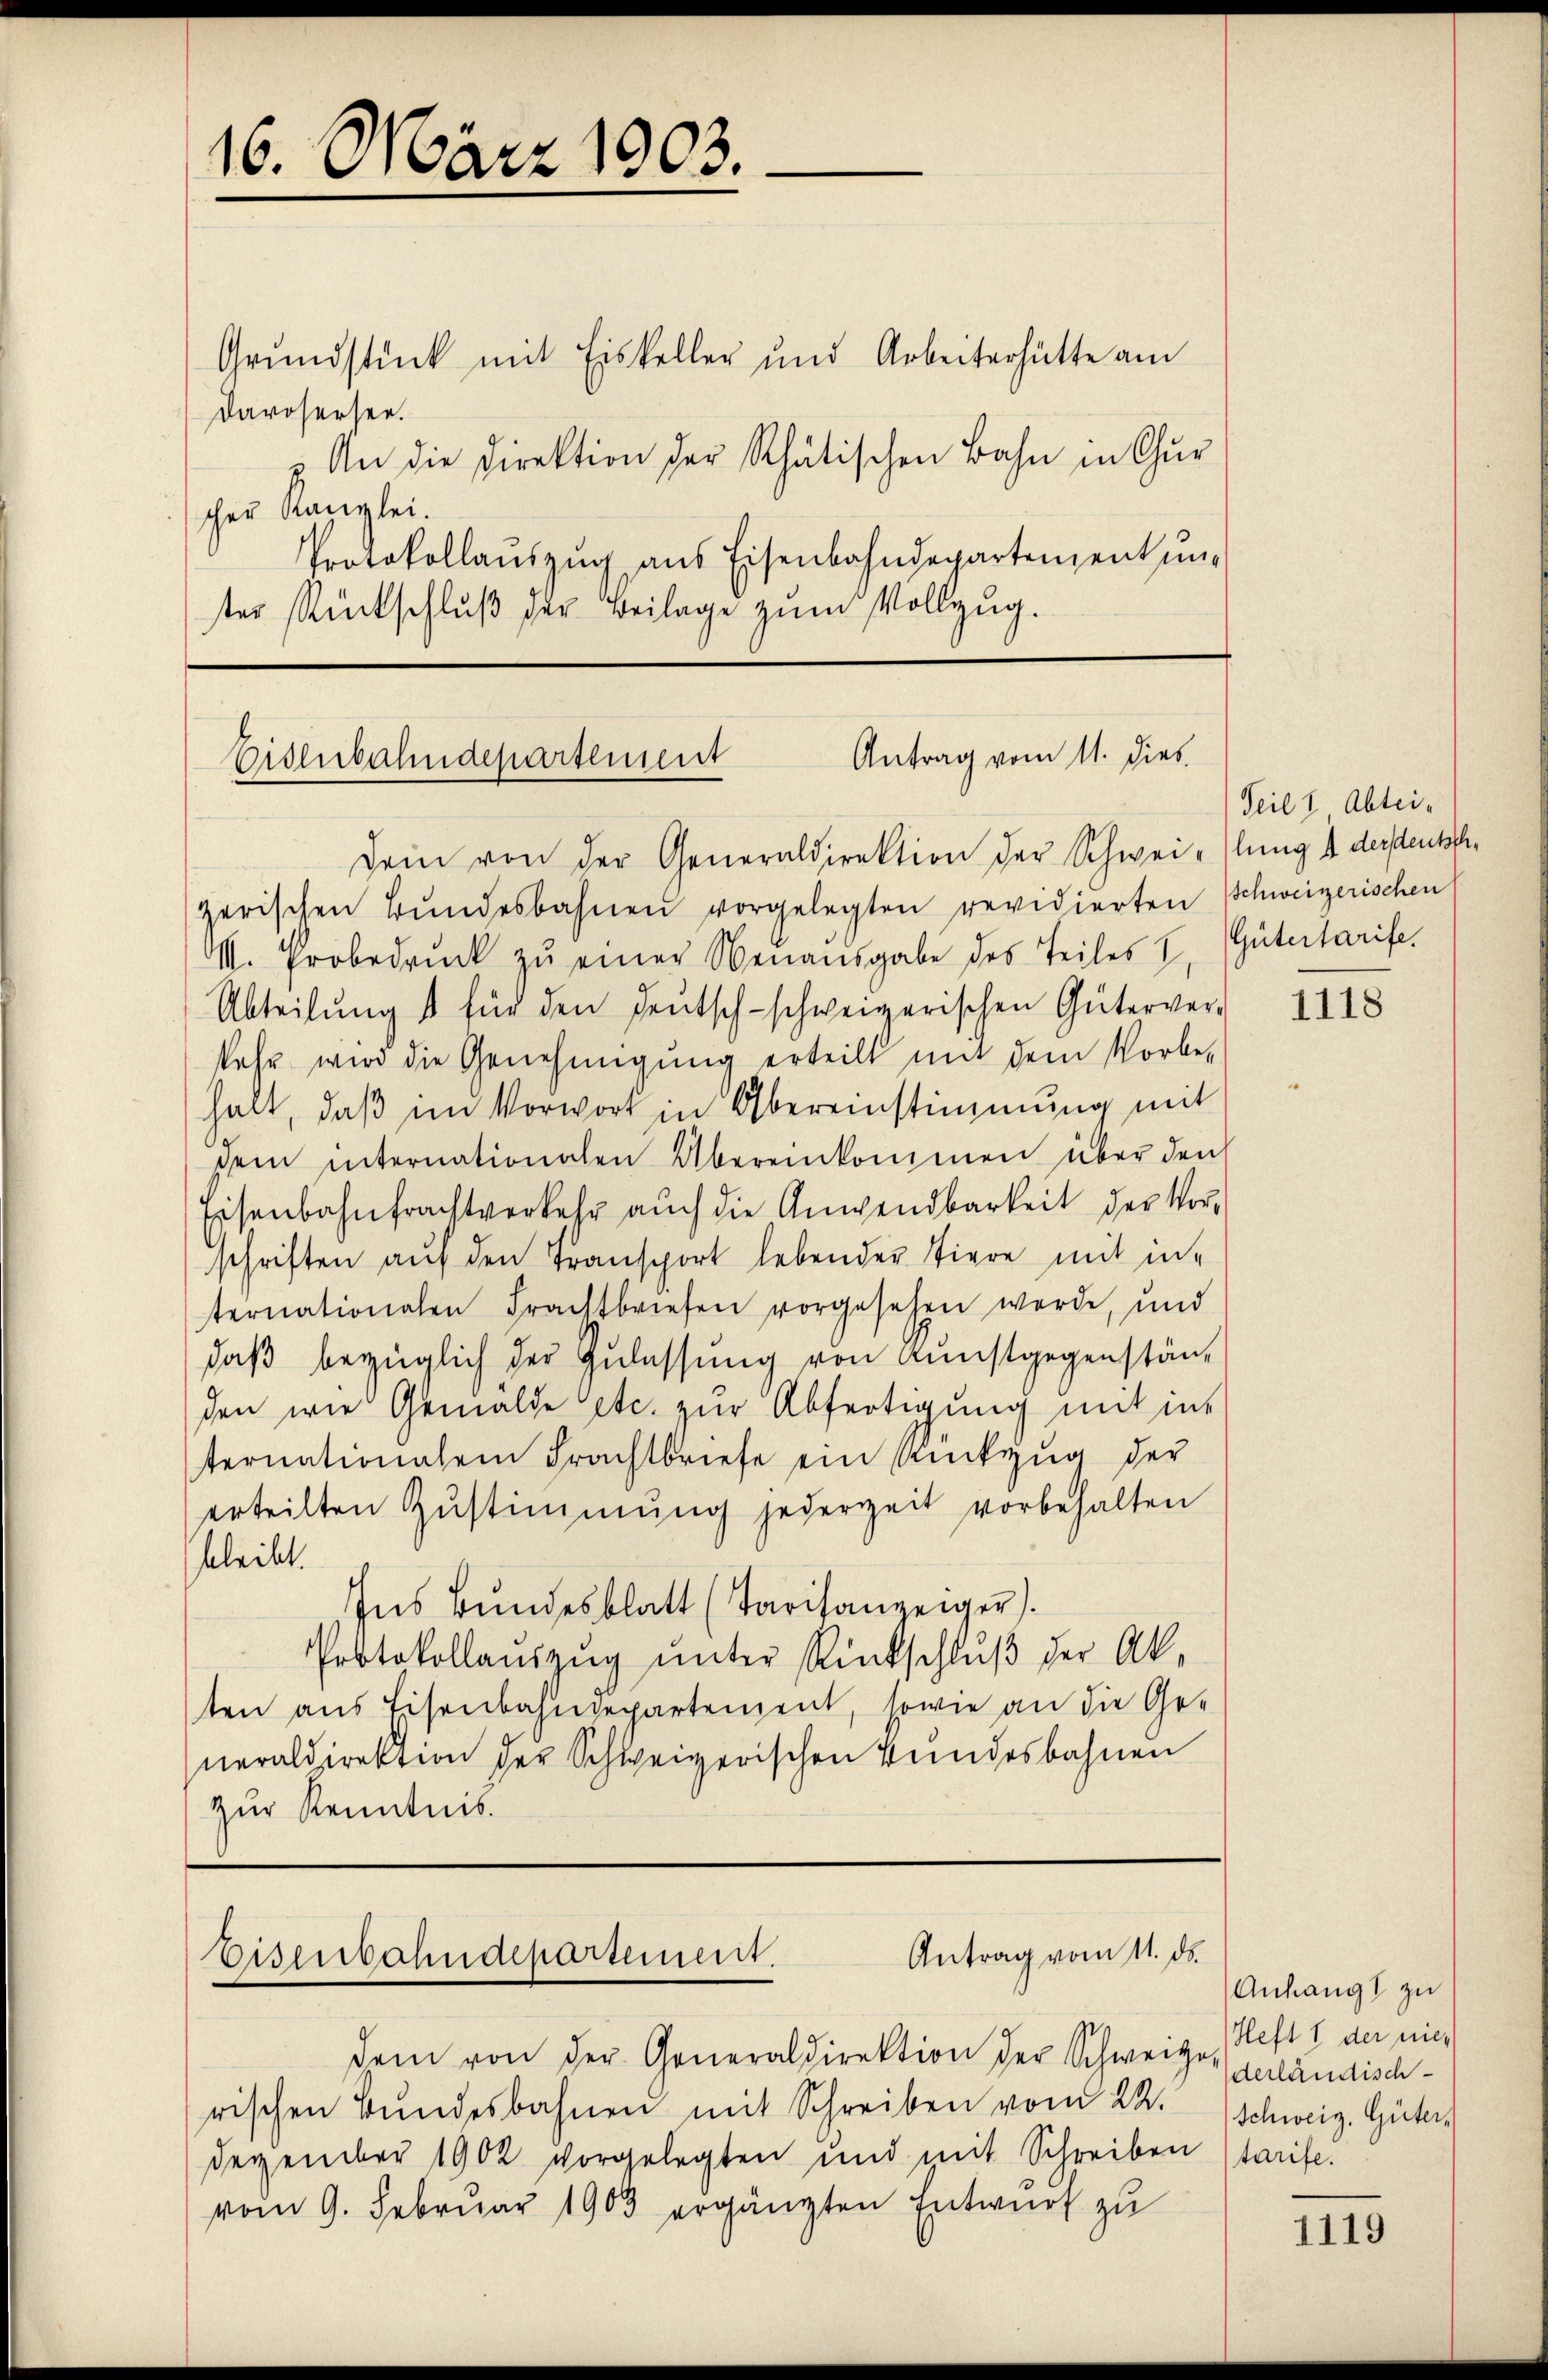
Grundstück mit Eiskeller und Arbeiterhütte am
Darosersee.
z. An die Direktion der Rhätischen Bahn in Gur
scher Kanzlei.
Protokollauszug aus Eisenbahndepartement unter Rückschlŭβ der Beilage zum Vollzug.

16. März 1903.

Antrag vom 11. dies
Eisenbahndepartement

Dein von der Generaldirektion der Schweiflung 1 dersentschzerischen Bŭndesbahnen vorgelegten revidierten Schweizerischen
M. Erobedruck zu einer Neuausgabe des Teiles
Abteilŭng so für den Deutsch-schweizerischen Güterver-
sehr wird die Genehmigung erteilt mit dem Vorbe-
halt, daβ im Vorwort in Übereinstimmung mit
dem internationalen Übereinkommen über den
Eisenbahnfrachtverkehr auch die Anwendbarkeit der Vorschriften aŭf den Transport lebender Tiere mit in-
ternationalen Frachtbriefen vorgesehen werde, und
daβ bezüglich der Zulassung von Kunstgegenstän-
den wie Gemälde etc. zur Abfertigung mit ins
ternationalen Frachtbriefe ein Rückzug der
erteilten Zŭstimmung jederzeit vorbehalten
feleibt.
Ins Bŭndesblatt (Tarifanzeiger).
Protokollauszug unter Rückschluß der Ak-
ten aus Eisenbahndepartement, sowie an die Ge-
neraldirektion der Schweizerischen Bundesbahnen
zur Kenntnis.

Antrag vom 11. ds.
Eisenbahndepartement.

dem von der Generaldirektion der Schweige (Heft I der nich
rischen Bŭndesbahnen mit Schreiben vom 22. Schweiz. Güter
Dezember 1902 vorgelegten und mit Schreiben starife.
vom 9. Februar 1903 ergänzten Entwurf zu

Teil & Abtei¬
Gütertarife.

1118

Anhang zu
derländisch

1119